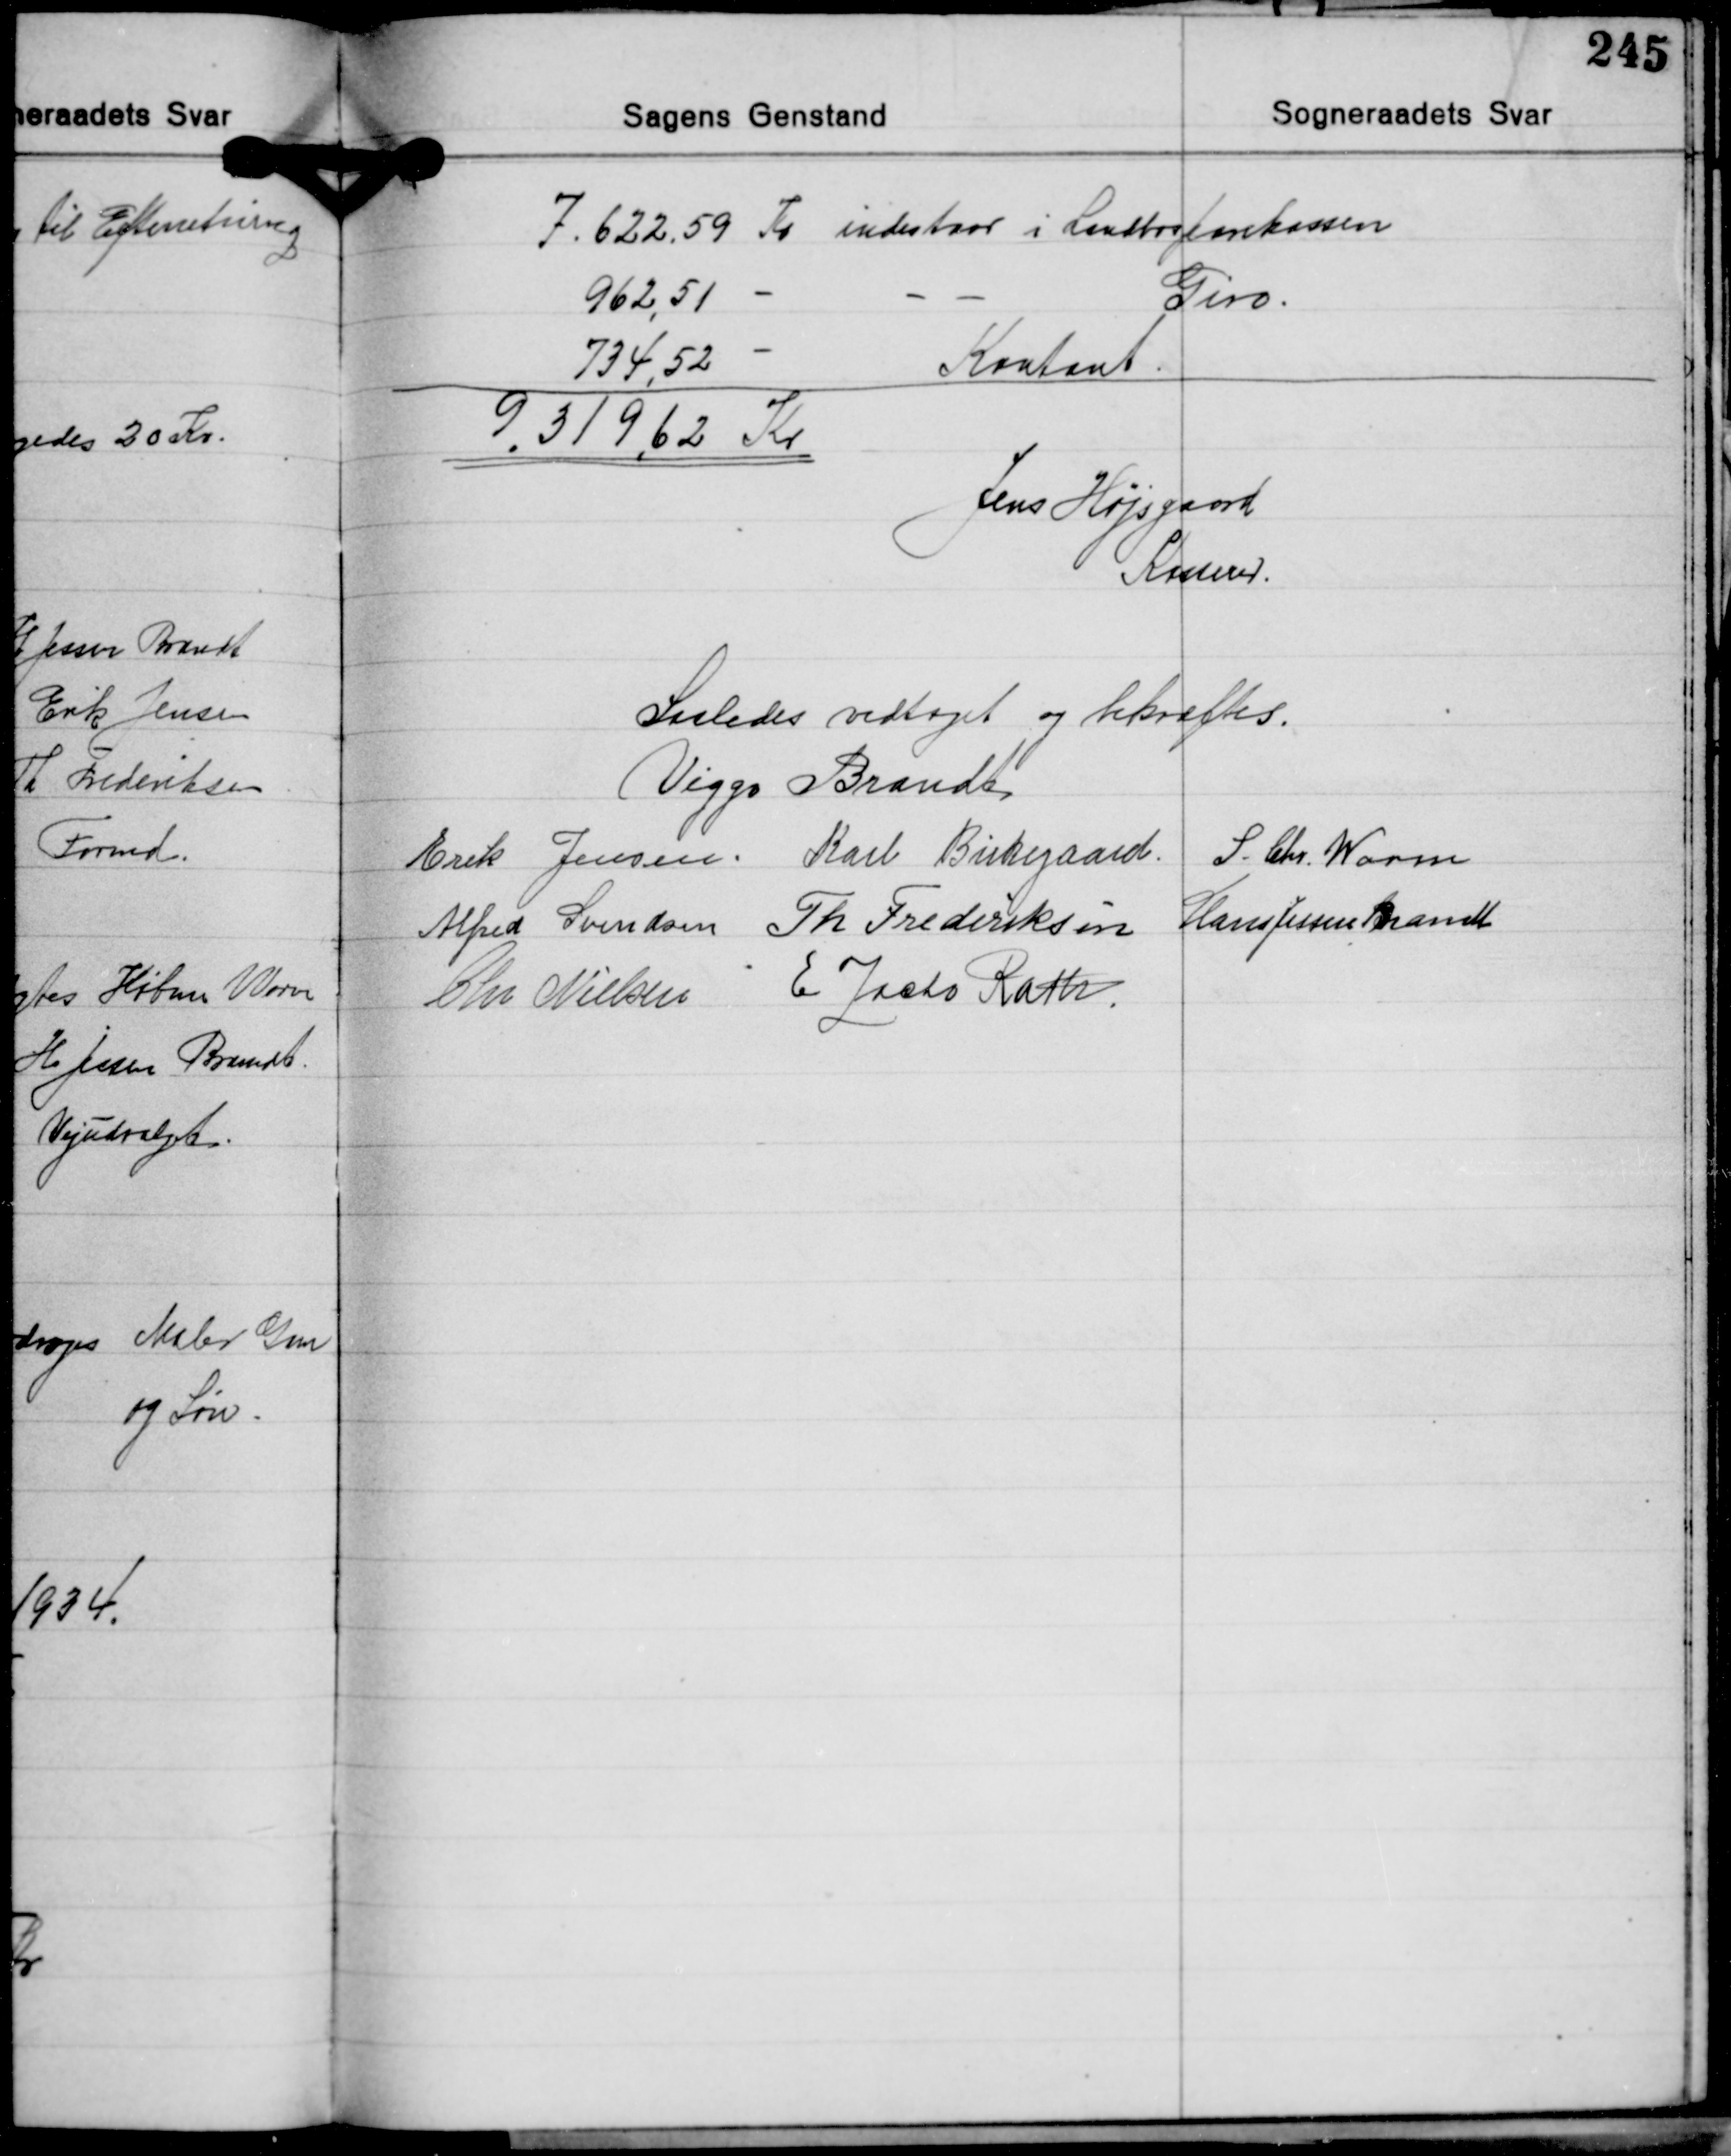
Transskription:
7.622.59 Kr. indestaar i Landbosparekassen
962,51 - - - Giro.
734,52
Kontant.
9.319,62 Kr.

Jens Højsgaard
Kasserer.

Saaledes vedtaget og bekræftes.
Viggo Brandt
Erik Jensen Karl Birkegaard S. Chr. Worm
Hans Jessen Brandt
Alfred Svendsen Th. Frederiksen
Chr. Nielsen E. Zacho Rath